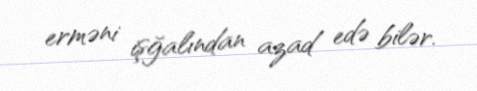
erməni işğalından azad edə bilər.